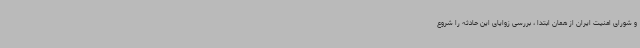
و شورای امنیت ایران از همان ابتدا ، بررسی زوایای این حادثه را شروع